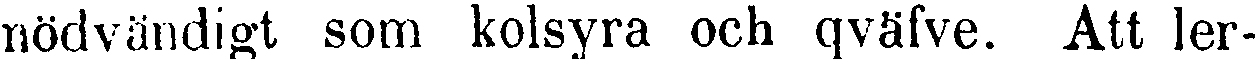
nödvändigt som kolsyra ocn qväfve. Att ler-